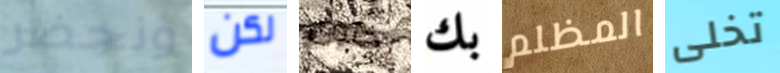
ونحضر لكن يحتوى بك المظلم تخلى